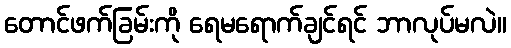
တောင်ဖက်ခြမ်းကို ရေမရောက်ချင်ရင် ဘာလုပ်မလဲ။